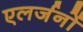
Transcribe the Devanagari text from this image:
एलर्जनों